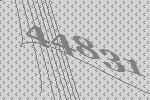
44831